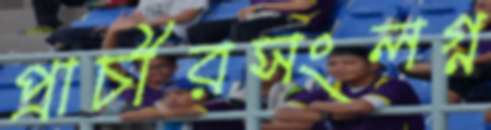
প্রাচীরসংলগ্ন